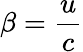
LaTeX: \beta=\frac{u}{c}